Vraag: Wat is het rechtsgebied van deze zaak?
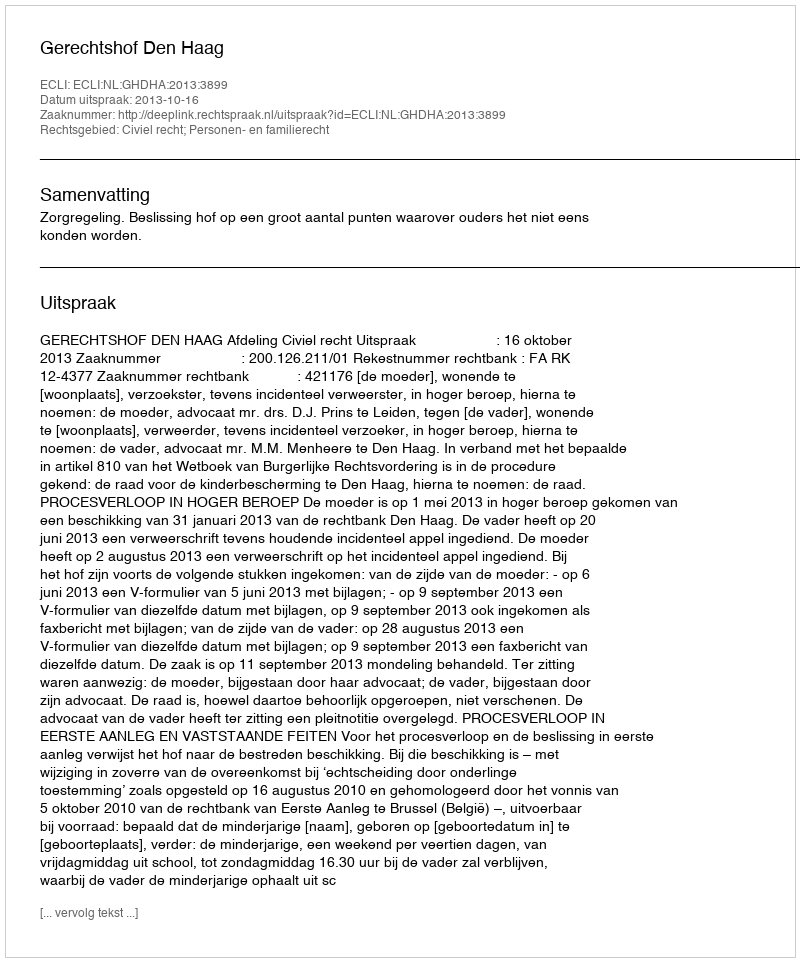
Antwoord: Civiel recht; Personen- en familierecht